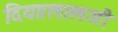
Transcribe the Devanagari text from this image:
दिया।लालजी